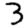
Digit: 3